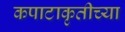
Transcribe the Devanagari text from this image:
कपाटाकृतीच्या